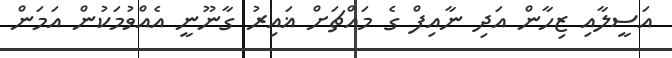
އަސީލާއި ޒިހާން އަދި ނާއިފް ގެ މައްޗަށް ޣައިރު ގާނޫނީ އެއްވުމަކުން އަމަން